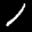
Label: 1